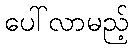
ပေါ်လာမည့်